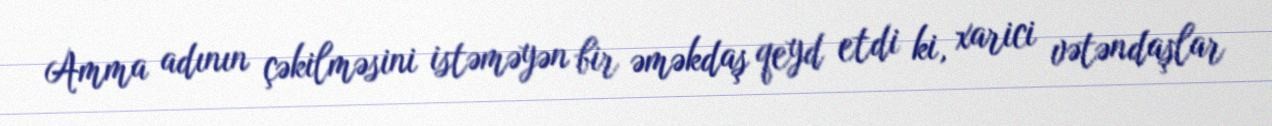
Amma adının çəkilməsini istəməyən bir əməkdaş qeyd etdi ki, xarici vətəndaşlar